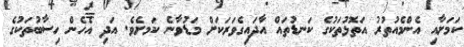
ކަމަށާއި އެންމެއުތުރު އަތޮޅުތަކުގެ ކަނޑުތައް އާދައިގެވަރަކަށް މަޑުވާނެ ކަަމށެވެ. އަދި އެހެން ހިސާބުތަކުގެ